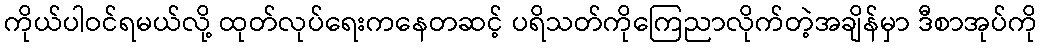
ကိုယ်ပါဝင်ရမယ်လို့ ထုတ်လုပ်ရေးကနေတဆင့် ပရိသတ်ကိုကြေညာလိုက်တဲ့အချိန်မှာ ဒီစာအုပ်ကို